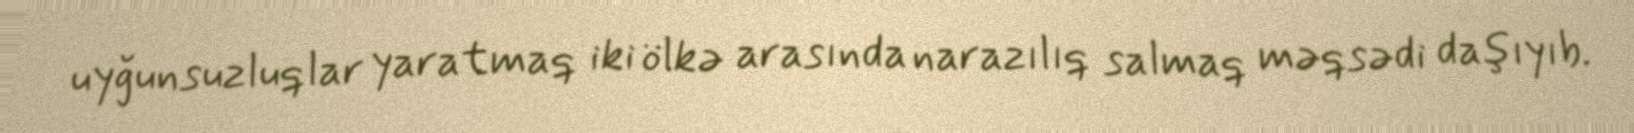
uyğunsuzluqlar yaratmaq iki ölkə arasında narazılıq salmaq məqsədi daşıyıb.